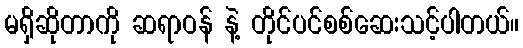
မရှိဆိုတာကို ဆရာဝန် နဲ့ တိုင်ပင်စစ်ဆေးသင့်ပါတယ်။